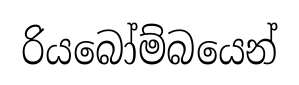
රියබෝම්බයෙන්